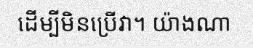
ដើម្បីមិនប្រើវា។ យ៉ាងណា